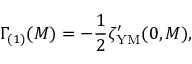
\Gamma _ { ( 1 ) } ( M ) = - { \frac { 1 } { 2 } } \zeta _ { \mathrm { Y M } } ^ { \prime } ( 0 , M ) ,